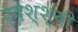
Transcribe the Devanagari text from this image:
उदेश्श्यी